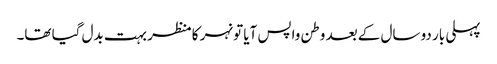
پہلی بار دو سال کے بعد وطن واپس آیا تو نہر کا منظر بہت بدل گیا تھا۔